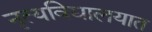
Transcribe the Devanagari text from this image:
नृत्यविद्यालयात